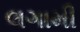
લગામી